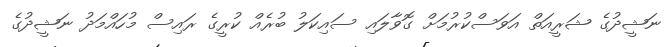
ނަޝީދުގެ ޝަރީއަތް އަވަސްކުރުމަށް ގޮވާލައި ސައިކަލު ބުރެއް ކުރީގެ ރައިސް މުހައްމަދު ނަޝީދުގެ